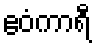
ဧဝံကာရီ